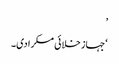
’
‘جہاز خلائی مسکرا دی۔